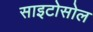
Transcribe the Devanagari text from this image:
साइटोसोल